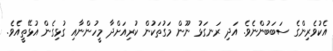
އެކުވެރިންގެ ސަބަބުންނެވެ. އަދި ރަނގަޅު ނޫން މަގުތަކުން ކުރިއަށްދާ މީހުންނާއި ގުޅިގެން އުޅޭތީއެވެ.